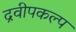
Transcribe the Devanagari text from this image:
द्रवीपकल्प